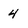
Character: 4